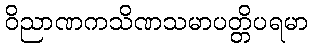
ဝိညာဏကသိဏသမာပတ္တိပရမာ